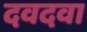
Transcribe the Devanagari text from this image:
दवदवा